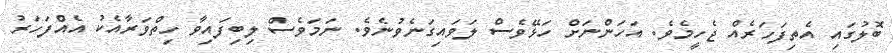
ބޮލުގައި އެތިފަހަރެއް ޖެހީމެވެ. އަހަންނަށް ހަޅޭވެސް ލަވައިގަނެވުނެވެ. ނަމަވެސް ލިބިފައިވާ ހިތްވަރާއެކު އެއްފަހަރު